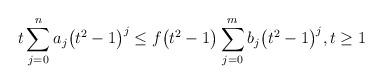
LaTeX: \begin{align*}t\sum_{j=0}^{n}a_{j}\bigl(t^{2}-1\bigr)^{j} \leq f\bigl(t^{2}-1\bigr)\sum_{j=0}^{m}b_{j}\bigl(t^{2}-1\bigr)^{j},t\geq 1\end{align*}